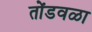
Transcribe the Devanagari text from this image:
तोंडवळा